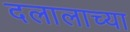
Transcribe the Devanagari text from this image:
दलालाच्या